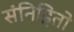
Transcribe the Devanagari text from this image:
संनिहितो